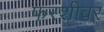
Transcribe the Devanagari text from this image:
फरशीवर